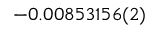
- 0 . 0 0 8 5 3 1 5 6 ( 2 )